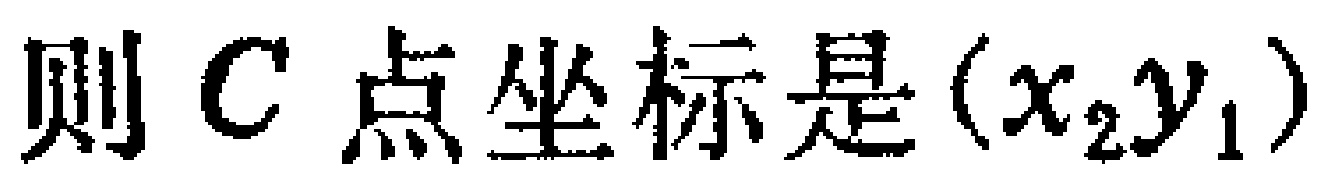
则 \(C\) 点坐标是 \((x_{2},y_{1})\)